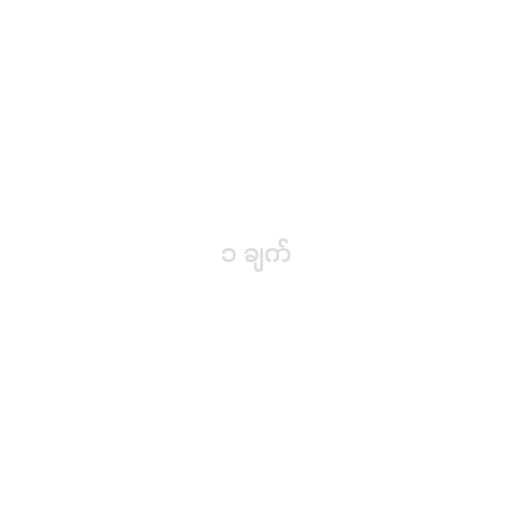
၁ ချက်